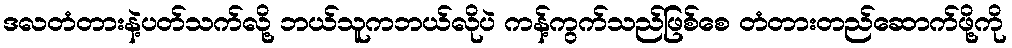
ဒလတံတားနဲ့ပတ်သက်လို့ ဘယ်သူကဘယ်လိုပဲ ကန့်ကွက်သည်ဖြစ်စေ တံတားတည်ဆောက်ဖို့ကို